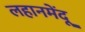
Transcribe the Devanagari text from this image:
लहानमेंदू